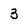
Character: 3